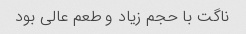
ناگت با حجم زیاد و طعم عالی بود